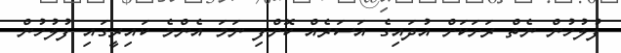
ފުލުހުން ނެތް ރަށަކަށް އުދައިގެ އަސަރެއް ކޮށްފި ނަމަ އެންމެ ކައިރީގައި ފުލުހުން